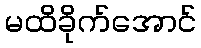
မထိခိုက်အောင်